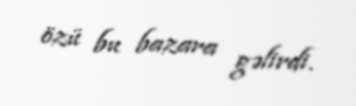
özü bu bazara gəlirdi.